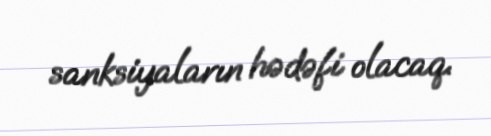
sanksiyaların hədəfi olacaq.